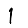
Digit: 1